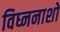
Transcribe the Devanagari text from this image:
विघ्ननाशो